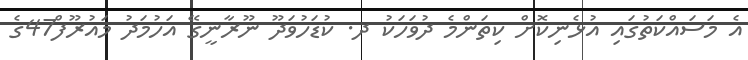
އެ މަސައްކަތުގައި އުޅެނިކޮށް ކިތަންމެ ދުވަހަކު ދ. ކުޑަހުވަދޫ ނޫރާނީގޭ އަހުމަދު މައުރޫފް47ގެ